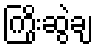
ကြိုးဆွဲချ